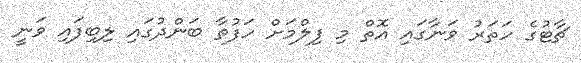
ޗާޓުގެ ހަތަރު ވަނާގައި އޮތް މި ފިލްމަށް ހަފުތާ ބަންދުގައި ލިބިފައި ވަނީ